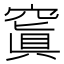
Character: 𥧑